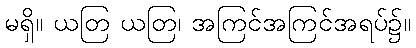
မရှိ။ ယတြ ယတြ၊ အကြင်အကြင်အရပ်၌။